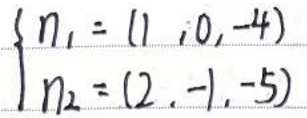
\begin{cases}
n_1=(1,0,-4)\\
n_2=(2,-1,-5)
\end{cases}